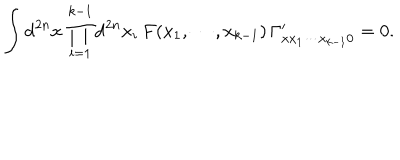
\int \mathrm { d } ^ { 2 n } x \, \prod _ { i = 1 } ^ { k - 1 } \mathrm { d } ^ { 2 n } x _ { i } \, F ( x _ { 1 } , \cdots , x _ { k - 1 } ) \, \Gamma _ { x x _ { 1 } \cdots x _ { k - 1 } 0 } ^ { \prime } = 0 .